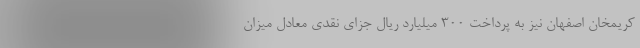
کریمخان اصفهان نیز به پرداخت ۳۰۰ میلیارد ریال جزای نقدی معادل میزان